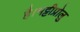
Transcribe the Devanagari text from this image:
है।भट्टीप्रोलु